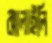
ঝালাইলি